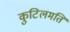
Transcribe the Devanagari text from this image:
कुटिलमति